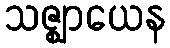
သဇ္ဈာယေန